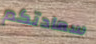
سعادتكم